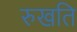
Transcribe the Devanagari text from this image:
रुखति